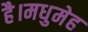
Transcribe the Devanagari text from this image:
है।मधुमेह